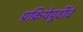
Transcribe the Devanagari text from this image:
प्रक्रियेपूर्वीचे